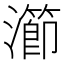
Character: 瀄